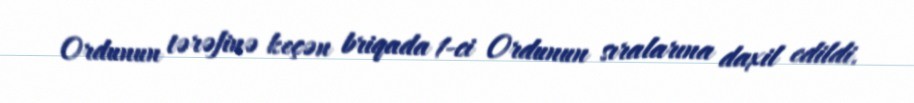
Ordunun tərəfinə keçən briqada 1-ci Ordunun sıralarına daxil edildi.